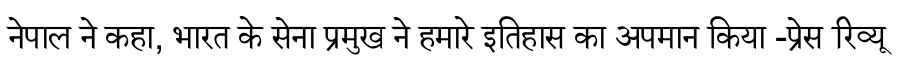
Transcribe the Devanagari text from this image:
नेपाल ने कहा, भारत के सेना प्रमुख ने हमारे इतिहास का अपमान किया -प्रेस रिव्यू